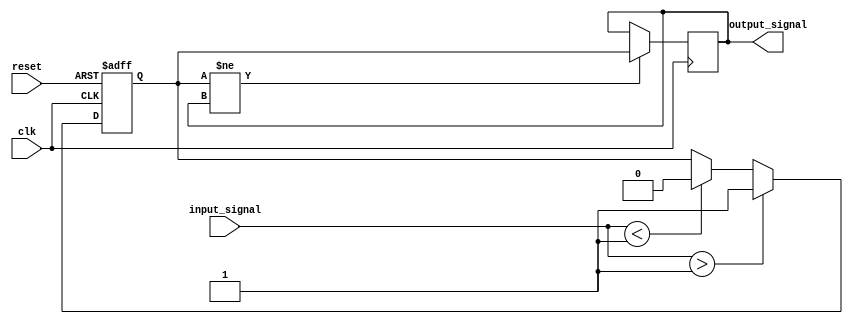
module schmitt_trigger (
    input wire clk,
    input wire reset,
    input wire input_signal,
    output reg output_signal
);

reg prev_input_signal;
parameter threshold = 1'b1; // Predefined threshold
parameter hysteresis = 1'b0; // Hysteresis value

always @ (posedge clk or posedge reset) begin
    if (reset) begin
        prev_input_signal <= 1'b0;
    end else begin
        if (input_signal > threshold + hysteresis) begin
            prev_input_signal <= 1'b1;
        end else if (input_signal < threshold - hysteresis) begin
            prev_input_signal <= 1'b0;
        end
    end
end

always @ (posedge clk) begin
    if (prev_input_signal != output_signal) begin
        output_signal <= prev_input_signal;
    end
end

endmodule